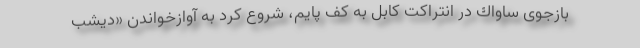
بازجوی ساواك در انتراكت كابل به كف پایم، شروع كرد به آواز‌خواندن «دیشب